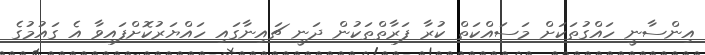
އިންސާނީ ހައްގުތަކަށް މަސައްކަތް ކުރާ ފަރާތްތަކުން ދަނީ ޗައިނާގައި ހައްޔަރުކޮށްފައިވާ އެ ގައުމުގެ